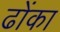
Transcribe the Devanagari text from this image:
ढोंका